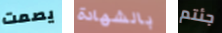
يصمت بالشهادة جئتم